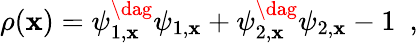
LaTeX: \rho(\mathbf{x})=\psi_{1,\mathbf{x}}^{\dag}\psi_{1,\mathbf{x}}+\psi_{2,\mathbf{x}}^{\dag}\psi_{2,\mathbf{x}}-1\ \ ,